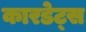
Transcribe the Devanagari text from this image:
कारडेट्स